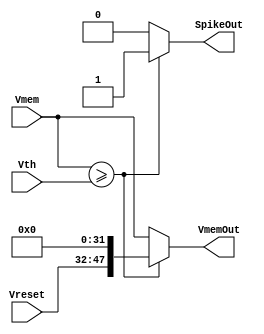
module ThresholdUnit
#(
	parameter INTEGER_WIDTH = 16, 
	parameter DATA_WIDTH_FRAC = 32,
	parameter DATA_WIDTH = INTEGER_WIDTH + DATA_WIDTH_FRAC
)
(

	input wire signed [(DATA_WIDTH-1):0] Vth,
	input wire signed [(DATA_WIDTH-1):0] Vmem,
	input wire signed [(INTEGER_WIDTH-1):0] Vreset,

	output wire signed [(DATA_WIDTH-1):0] VmemOut,
	output wire SpikeOut 
);

	//Intermediate Values:
	wire signed [(DATA_WIDTH-1):0] Vreset_Extended;


	//Wire Select and/or padding for Fixed-point Arithmetic
	assign Vreset_Extended = {Vreset,{DATA_WIDTH_FRAC{1'b0}}};			//pad fractional bits 



	//Combinational Computation

	assign SpikeOut = (Vmem >= Vth) ? 1'b1 : 1'b0;
	assign VmemOut = (Vmem >= Vth) ? Vreset_Extended : Vmem;


	endmodule